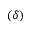
( \delta )